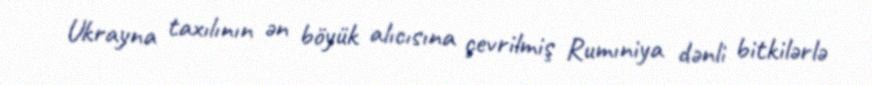
Ukrayna taxılının ən böyük alıcısına çevrilmiş Rumıniya dənli bitkilərlə